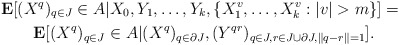
\begin{align*}&\mathbf{E}[(X^q)_{q\in J}\in A|X_0,Y_1,\ldots,Y_k, \{X_1^v,\ldots,X_k^v:|v|>m\}] =\\&\qquad\mathbf{E}[(X^q)_{q\in J}\in A|(X^q)_{q\in\partial J},(Y^{qr})_{q\in J,r\in J\cup\partial J,\|q-r\|=1}].\end{align*}